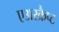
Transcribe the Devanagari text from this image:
एअरक्रैप्ट